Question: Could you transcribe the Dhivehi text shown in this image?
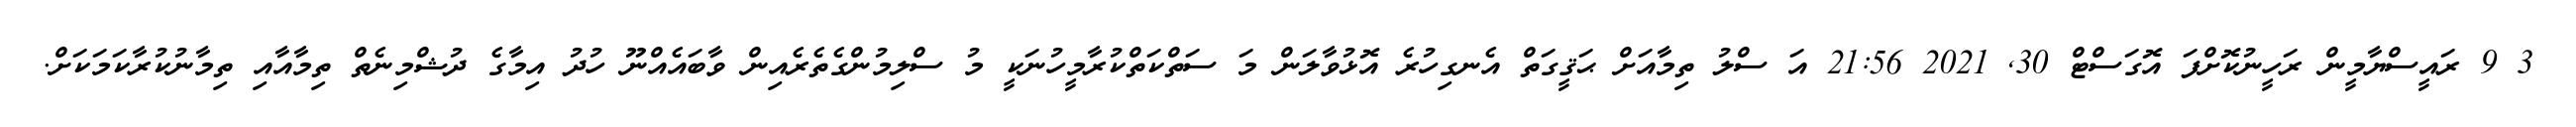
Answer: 3 9 ރައީސްޔާމީން ރަހީނުކޮށްފަ އޮގަސްޓް 30, 2021 21:56 އަ ސްލު ތިމާއަށް ޙަޤީގަތް އެނގިހުރެ އޮޅުވާލަން މަ ސަތްކަތްކުރާމީހުނަކީ މު ސްލިމުންގެތެރެއިން ވާބައެއްނޫ ހުދު އިމާގެ ދުޝްމިނެތް ތިމާއާއި ތިމާނުކުރާކަމަކަށް.